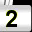
Digit: 2